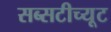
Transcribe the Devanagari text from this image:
सब्सटीच्यूट